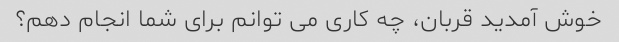
خوش آمدید قربان، چه کاری می توانم برای شما انجام دهم؟